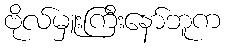
ဗိုလ်မှူးကြီးနော်ဘူက